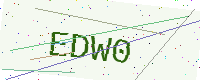
Text: EDW0